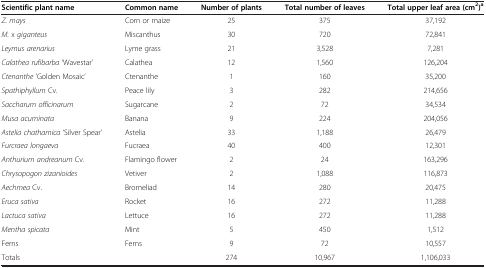
<table><thead><tr><td><b>Scientific plant name</b></td><td><b>Common name</b></td><td><b>Number of plants</b></td><td><b>Total number of leaves</b></td><td><b>Total upper leaf area (cm<sup>2</sup>)<sup>a</sup></b></td></tr></thead><tbody><tr><td><i>Z. mays</i></td><td>Corn or maize</td><td>25</td><td>375</td><td>37,192</td></tr><tr><td><i>M.</i> x <i>giganteus</i></td><td>Miscanthus</td><td>30</td><td>720</td><td>72,841</td></tr><tr><td><i>Leymus arenarius</i></td><td>Lyme grass</td><td>21</td><td>3,528</td><td>7,281</td></tr><tr><td><i>Calathea rufibarba</i> ‘Wavestar’</td><td>Calathea</td><td>12</td><td>1,560</td><td>126,204</td></tr><tr><td><i>Ctenanthe</i> ‘Golden Mosaic’</td><td>Ctenanthe</td><td>1</td><td>160</td><td>35,200</td></tr><tr><td><i>Spathiphyllum</i> Cv.</td><td>Peace lily</td><td>3</td><td>282</td><td>214,656</td></tr><tr><td><i>Saccharum officinarum</i></td><td>Sugarcane</td><td>2</td><td>72</td><td>34,534</td></tr><tr><td><i>Musa acuminata</i></td><td>Banana</td><td>9</td><td>224</td><td>204,056</td></tr><tr><td><i>Astelia chathamica</i> ‘Silver Spear’</td><td>Astelia</td><td>33</td><td>1,188</td><td>26,479</td></tr><tr><td><i>Furcraea longaeva</i></td><td>Fucraea</td><td>40</td><td>400</td><td>12,301</td></tr><tr><td><i>Anthurium andreanum</i> Cv.</td><td>Flamingo flower</td><td>2</td><td>24</td><td>163,296</td></tr><tr><td><i>Chrysopogon zizanioides</i></td><td>Vetiver</td><td>2</td><td>1,088</td><td>116,873</td></tr><tr><td><i>Aechmea</i> Cv.</td><td>Bromeliad</td><td>14</td><td>280</td><td>20,475</td></tr><tr><td><i>Eruca sativa</i></td><td>Rocket</td><td>16</td><td>272</td><td>11,288</td></tr><tr><td><i>Lactuca sativa</i></td><td>Lettuce</td><td>16</td><td>272</td><td>11,288</td></tr><tr><td><i>Mentha spicata</i></td><td>Mint</td><td>5</td><td>450</td><td>1,512</td></tr><tr><td>Ferns</td><td>Ferns</td><td>9</td><td>72</td><td>10,557</td></tr><tr><td>Totals</td><td> </td><td>274</td><td>10,967</td><td>1,106,033</td></tr></tbody></table>